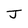
Character: J